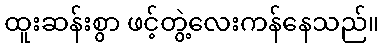
ထူးဆန်းစွာ ဖင့်တွဲ့လေးကန်နေသည်။